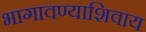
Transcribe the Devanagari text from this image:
भागावण्याशिवाय